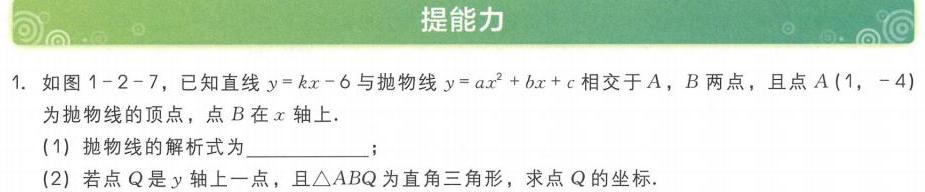
1. 如图1 - 2 - 7，已知直线\(y = kx - 6\)与抛物线\(y=ax^{2}+bx + c\)相交于\(A\)，\(B\)两点，且点\(A(1,-4)\)为抛物线的顶点，点\(B\)在\(x\)轴上.
(1) 抛物线的解析式为  ；
(2) 若点\(Q\)是\(y\)轴上一点，且\(\triangle ABQ\)为直角三角形，求点\(Q\)的坐标.